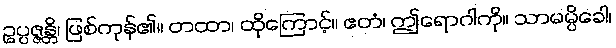
ဥပ္ပဇ္ဇန္တိ၊ ဖြစ်ကုန်၏။ တထာ၊ ထိုကြောင့်။ ဧတံ၊ ဤရောဂါကို။ သာမမ္ပိခေါ၊